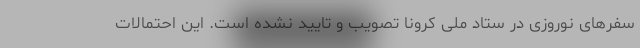
سفرهای نوروزی در ستاد ملی کرونا تصویب و تایید نشده است. این احتمالات